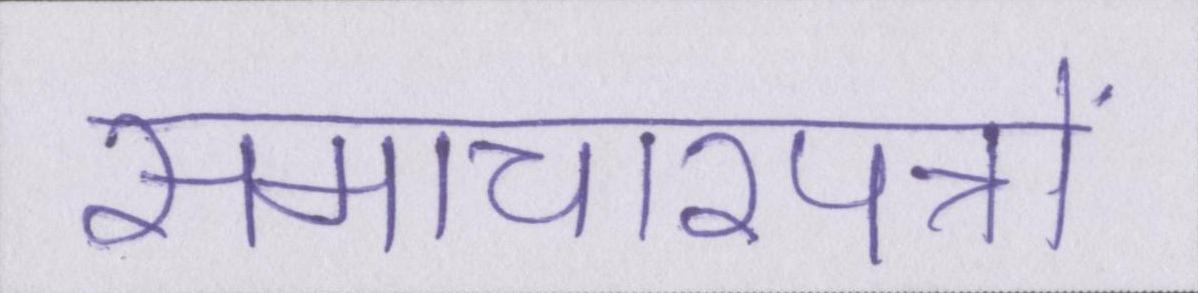
समाचारपत्रों